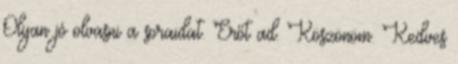
Olyan jó olvasni a soraidat. Erőt ad. Köszönöm. Kedves